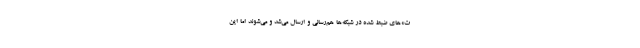
ت»‌های ضبط شده در شبکه‌ها هم‌رسانی و ارسال می‌شد و می‌شوند اما این